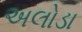
અલોડા